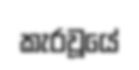
කැරවූයේ